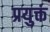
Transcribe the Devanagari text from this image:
प्रयुक्तं